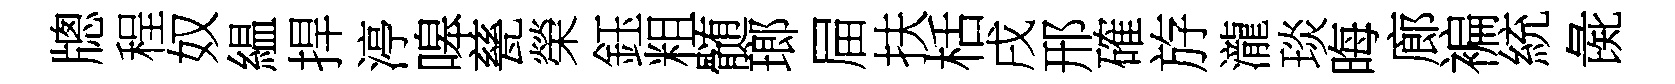
牕程奴緼捍渟嗥甆榮鈺粗髄瑯屇扶栝戌邢確斿瀧琰晦廊褊統彘